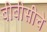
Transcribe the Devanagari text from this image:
बीबीसीचे